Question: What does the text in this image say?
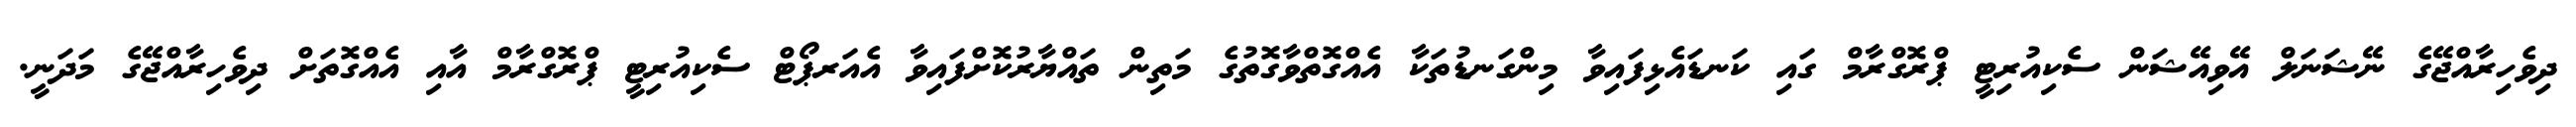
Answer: ދިވެހިރާއްޖޭގެ ނޭޝަނަލް އޭވިއޭޝަން ސެކިއުރިޓީ ޕްރޮގްރާމް ގައި ކަނޑައެޅިފައިވާ މިންގަނޑުތަކާ އެއްގޮތްވާގޮތުގެ މަތިން ތައްޔާރުކޮށްފައިވާ އެއަރޕޯޓް ސެކިއުރިޓީ ޕްރޮގްރާމް އާއި އެއްގޮތަށް ދިވެހިރާއްޖޭގެ މަދަނީ.